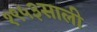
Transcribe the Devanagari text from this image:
१९५३साली